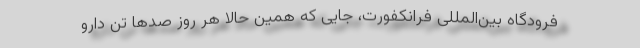
فرودگاه بین‌المللی فرانکفورت، جایی که همین حالا هر روز صدها تن دارو